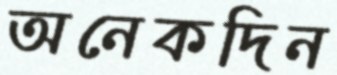
অনেকদিন